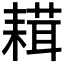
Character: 𦔋